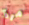
مرة